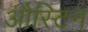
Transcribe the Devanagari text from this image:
औस्टिन